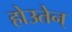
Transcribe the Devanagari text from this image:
होउतेन्